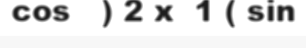
cos   ) 2 x  1 ( sin